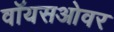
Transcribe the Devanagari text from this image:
वॉयसओवर